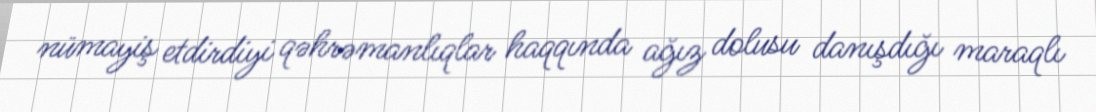
nümayiş etdirdiyi qəhrəmanlıqlar haqqında ağız dolusu danışdığı maraqlı